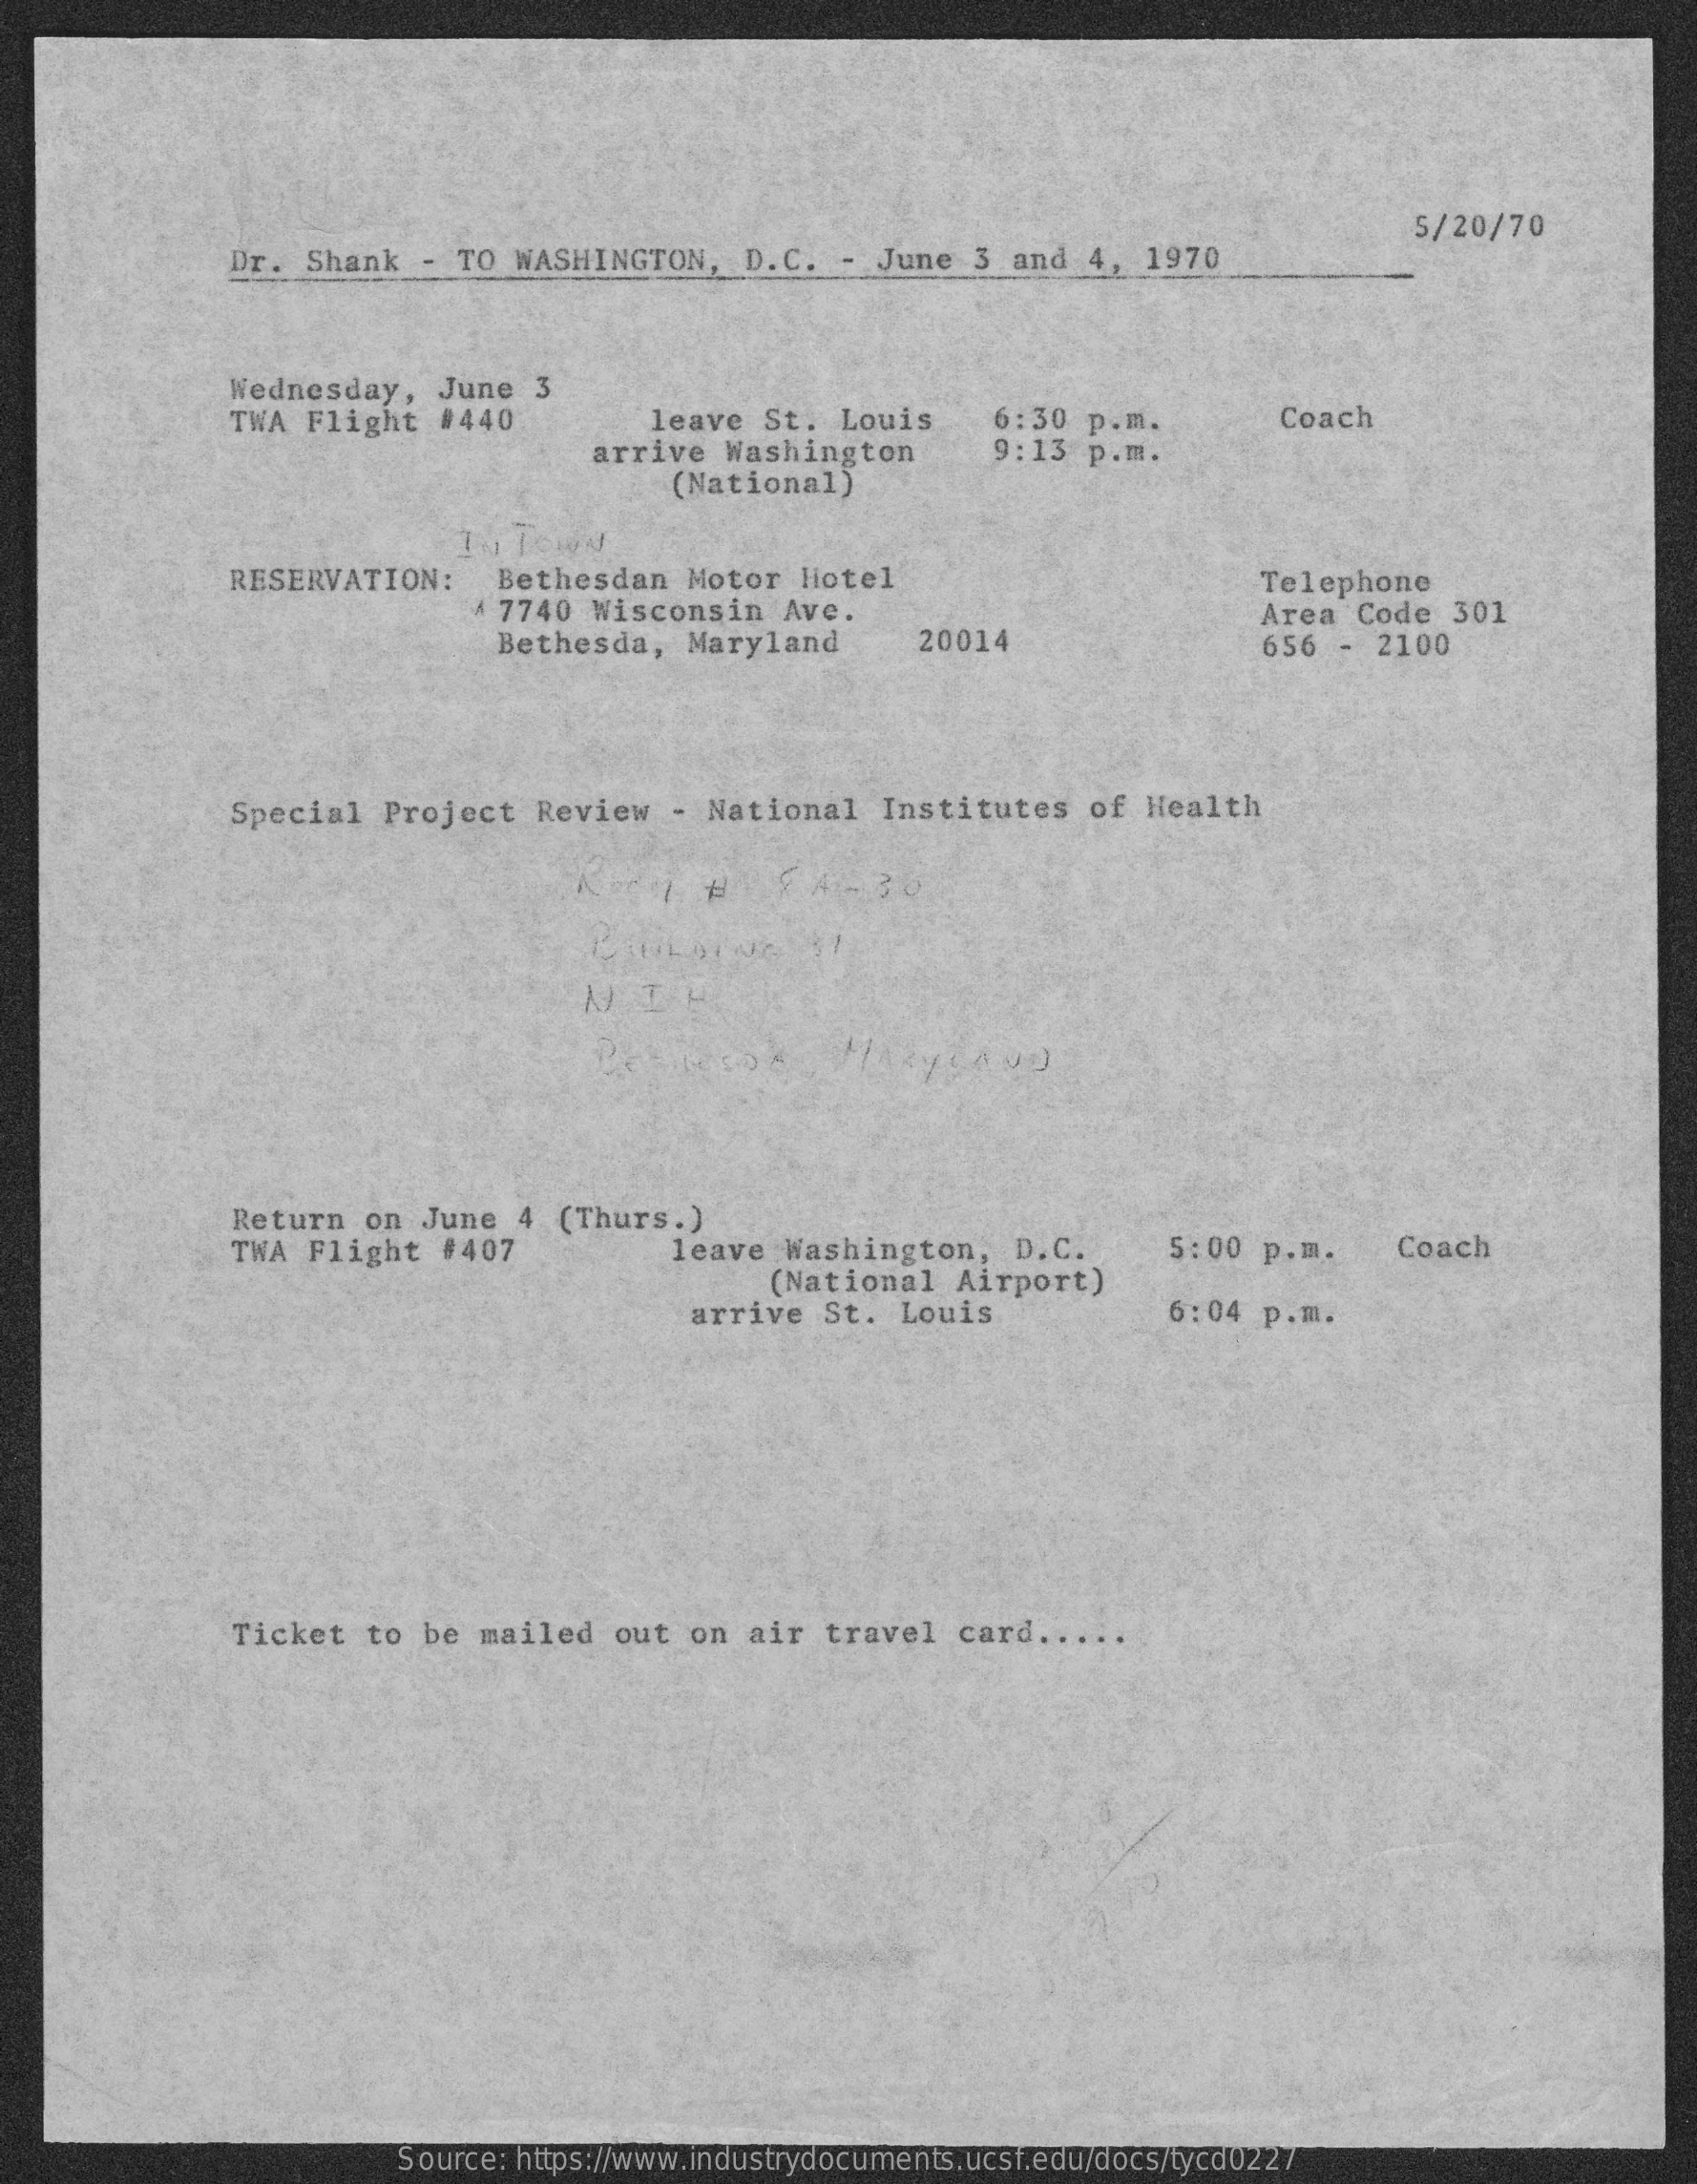
Dr.  Shank   - TO  WASHINGTON,    D.C.  -  June  3 and   4, 1970
     5/20/70
     Wednesday,    June  3
     TWA Flight   #440    leave  St.  Louis    6:30  p.m.    Coach
     arrive  Washington
     (National)
     9:13  p.m.
     RESERVATION:    Bethesdan   Motor   liotel
     4 7740  Wisconsin    Ave.
     Telephone
     Bethesda,   Maryland    20014
     Area  Code  301
     656  - 2100
     Special   Project   Review   - National    Institutes    of Health
     Return   on  June  4  (Thurs.)
     TWA  Flight   #407    leave   Washington,    D.C.
     (National   Airport)
     5:00  p.m.    Coach
     arrive  St.  Louis    6:04  p.m.
     Ticket   to  be  mailed  out  on  air  travel   card .....
     Source: https://www.industrydocuments.ucsf.edu/docs/tycd0227